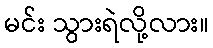
မင်း သွားရဲလို့လား။